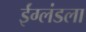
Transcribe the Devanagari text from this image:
ईंग्लंडला